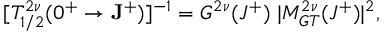
[ T _ { 1 / 2 } ^ { 2 \nu } ( 0 ^ { + } \rightarrow { \bf J } ^ { + } ) ] ^ { - 1 } = G ^ { 2 \nu } ( J ^ { + } ) ~ | M _ { G T } ^ { 2 \nu } ( J ^ { + } ) | ^ { 2 } ,